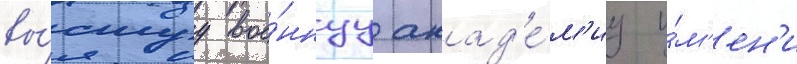
вы́сшуу вое́ннуу акад'е́м'иу и́м'ен'и